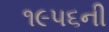
૧૯૫૬ની